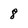
Character: 8